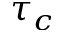
\tau _ { c }